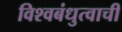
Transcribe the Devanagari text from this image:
विश्वबंधुत्वाची